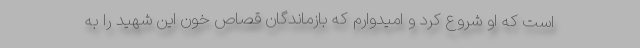
است که او شروع کرد و امیدوارم که بازماندگان قصاص خون این شهید را به